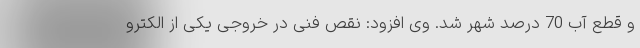
و قطع آب 70 درصد شهر شد. وی افزود: نقص فنی در خروجی یکی از الکترو